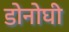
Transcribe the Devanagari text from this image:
डोनोघी